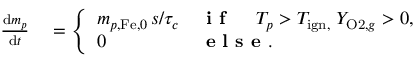
\begin{array} { r l } { \frac { \mathrm { d } m _ { p } } { \mathrm { d } t } } & { { } = \left\{ \begin{array} { l l } { m _ { p , \mathrm { F e } , 0 } \, s / \tau _ { c } } & { \textbf { i f } \quad \; T _ { p } > T _ { \mathrm { { i g n } , } } \; Y _ { \mathrm { O 2 } , g } > 0 , } \\ { 0 } & { \textbf { e l s e } . } \end{array} \right. } \end{array}